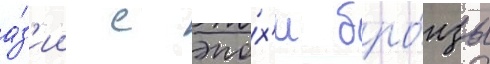
а́з'ии с эпо́х'и бро́нзы